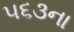
૫૬૩ના